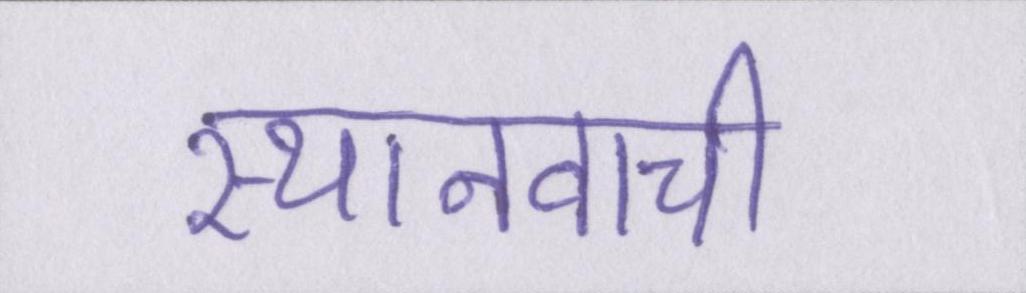
स्थानवाची